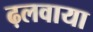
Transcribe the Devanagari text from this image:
ढ़लवाया